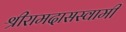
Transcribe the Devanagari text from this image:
श्रीरामदासस्वामी